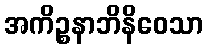
အကိဉ္စနာဘိနိဝေသာ